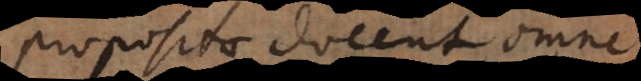
propositae docent, omne